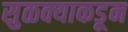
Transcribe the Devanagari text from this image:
सुळक्याकडून